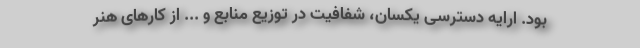
بود. ارایه دسترسی یکسان، شفافیت در توزیع منابع و ... از کارهای هنر